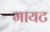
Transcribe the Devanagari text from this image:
मायट